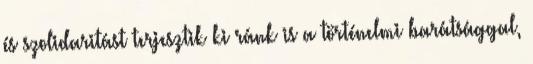
és szolidaritást terjesztik ki ránk is a történelmi barátsággal,